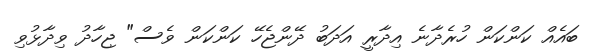
ބައެއް ކަންކަން ހުރެދާނެ އިދާރީ އަދަބު ދޭންޖެހޭ ކަންކަން ވެސް" ޖިހާދު ވިދާޅުވި